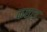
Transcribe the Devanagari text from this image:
कछाड़